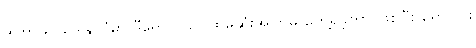
ဒါဟာ ရဝမ်ဒါနိုင်ငံမှာ ဒီရောဂါပိုး ပထမဆုံးအကြိမ် တွေ့ရှိခဲ့တာ ဖြစ်ပြီး ရောဂါပိုး